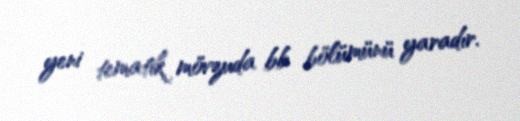
yeni tematik mövzuda bb bölümünü yaradır.